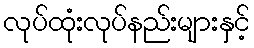
လုပ်ထုံးလုပ်နည်းများနှင့်